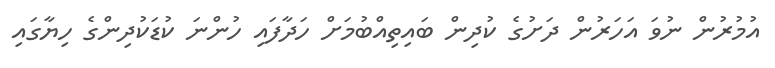
އުމުރުން ނުވަ އަހަރުން ދަށުގެ ކުދިން ބައިތިއްބުމަށް ހަދާފައި ހުންނަ ކުޑަކުދިންގެ ހިޔާގައި